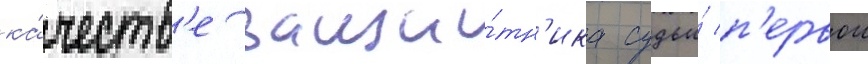
ка́честв'е защи́тн'ика судьи́ п'ервои